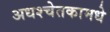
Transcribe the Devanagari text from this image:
अधश्चेतकामधे